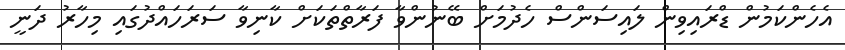
އެހެންކަމުން ޑްރައިވިން ލައިސަންސް ހެދުމަށް ބޭނުންވާ ފަރާތްތަކަށް ކާނިވާ ސަރަހައްދުގައި މިހާރު ދަނީ